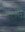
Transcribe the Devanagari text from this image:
एर्ज़ीं